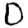
Digit: 0